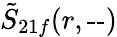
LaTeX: \tilde{S}_{21f}(r,\textrm{--})